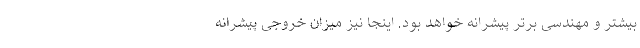
بیشتر و مهندسی برتر پیشرانه خواهد بود. اینجا نیز میزان خروجی پیشرانه